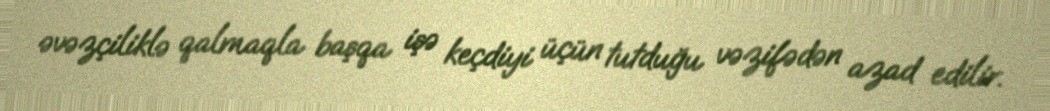
əvəzçiliklə qalmaqla başqa işə keçdiyi üçün tutduğu vəzifədən azad edilir.